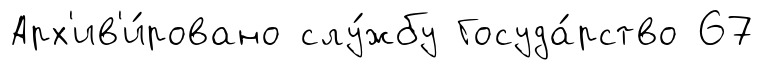
Арх'ив'и́ровано слу́жбу Госуда́рство 67